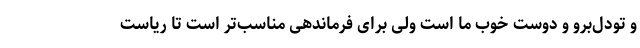
و تودل‌برو و دوست خوب ما است ولی برای فرماندهی مناسب‌تر است تا ریاست